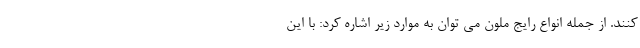
کنند. از جمله انواع رایج ملون می توان به موارد زیر اشاره کرد: با این